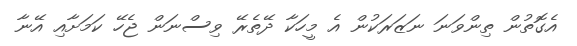
އެގޮތުން ތިންވަނަ ނަޒަރަކުން އެ މީހަކާ ދޭތެރޭ ވިސްނަން ޖެހޭ ކަމަށާއި އޭނާ